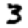
Digit: 3